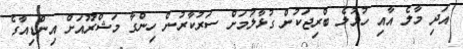
އަދި މާލެ އާއި ހުޅުލެ ބްރިޖަކުން ގުޅާލުމަށް ސަރުކާރުން ހިންގާ މަޝްރޫއަށް އިންޑިއާގެ